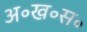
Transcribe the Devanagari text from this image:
अ॰ख॰स॰